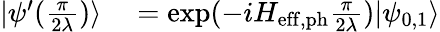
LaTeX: \begin{array}{rl}{|\psi^{\prime}(\frac{\pi}{2\lambda})\rangle}&{{}=\mathrm{exp}(-iH_{\mathrm{eff,ph}}\frac{\pi}{2\lambda})|\psi_{0,1}\rangle}\end{array}